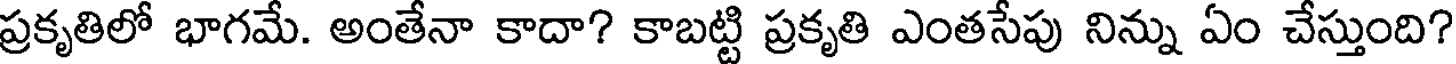
ప్రకృతిలో భాగమే. అంతేనా కాదా? కాబట్టి ప్రకృతి ఎంతసేపు నిన్ను ఏం చేస్తుంది?